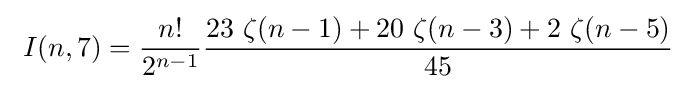
\ I(n,7)={\frac {n!}{2^{n-1}}}{\frac {23~\zeta (n-1)+20~\zeta (n-3)+2~\zeta (n-5)}{45}}\